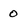
Character: 0